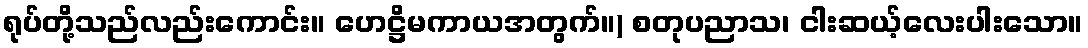
ရုပ်တို့သည်လည်းကောင်း။ ဟေဋ္ဌိမကာယအတွက်။) စတုပညာသ၊ ငါးဆယ့်လေးပါးသော။